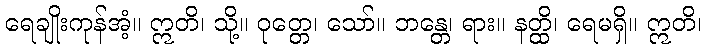
ရေချိုးကုန်အံ့။ ဣတိ၊ သို့။ ဝုတ္တေ၊ သော်။ ဘန္တေ၊ ရား။ နတ္ထိ၊ ရေမရှိ။ ဣတိ၊